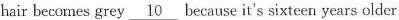
hair becomes grey \underline{10} because it's sixteen years older